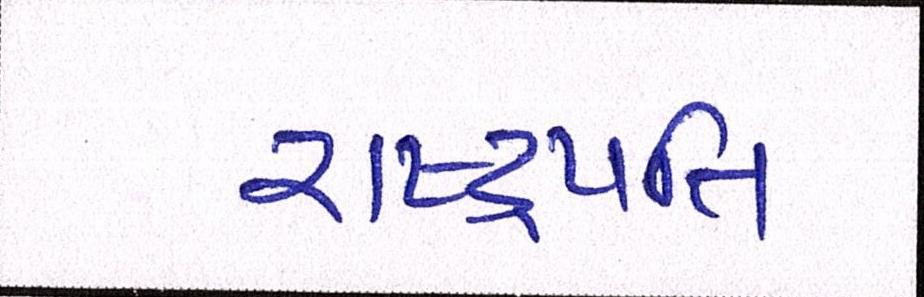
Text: રાષ્ટ્રપતિ